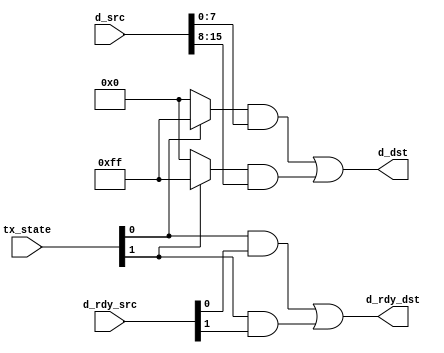
module s_connector (
	input  [1:0]  tx_state,
	input  [1:0]  d_rdy_src,
	output	     d_rdy_dst,
	input  [15:0] d_src,
	output [7:0]  d_dst
);

`define TX_STATE_SENDING_SDP tx_state[0]
`define TX_STATE_SENDING_CRC tx_state[1]

`define D_RDY_SDP d_rdy_src[0]
`define D_RDY_CRC	d_rdy_src[1]

`define D_SDP d_src[7:0]
`define D_CRC d_src[15:8]


assign d_rdy_dst = (`TX_STATE_SENDING_SDP & `D_RDY_SDP) |
						 (`TX_STATE_SENDING_CRC & `D_RDY_CRC);
						 
wire[7:0] MASK_D_SDP = `TX_STATE_SENDING_SDP ? 8'hFF: 0,
			 MASK_D_CRC = `TX_STATE_SENDING_CRC ? 8'hFF: 0;	
					
assign d_dst = (MASK_D_SDP & `D_SDP) |
					(MASK_D_CRC & `D_CRC);					
					
endmodule